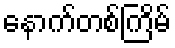
နောက်တစ်ကြိမ်